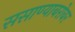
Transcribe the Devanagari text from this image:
ससाण्याबरोबर